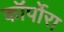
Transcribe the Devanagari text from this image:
कॉर्पोरा